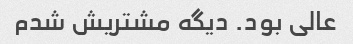
عالی بود. دیگه مشتریش شدم